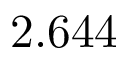
2 . 6 4 4